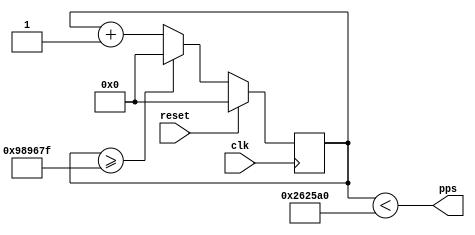
//
// Copyright 2015 Ettus Research LLC
//

module pps_generator #(
   parameter CLK_FREQ   = 32'd10_000_000, //Min:10kHz, Max:4GHz
   parameter DUTY_CYCLE = 25
) (
   input  clk,
   input  reset,
   output pps
);
    reg [31:0] count;

    always @(posedge clk) begin
        if (reset) begin
            count <= 32'd0;
        end else if (count >= CLK_FREQ - 1) begin
            count <= 32'd0;
        end else begin
            count <= count + 32'd1;
        end
    end

    assign pps = (count < ((CLK_FREQ / 100) * DUTY_CYCLE));
endmodule //pps_generator